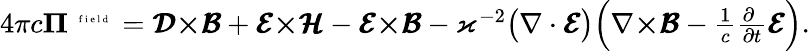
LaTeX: \textstyle 4\pi c\boldsymbol{\Pi}^{\mathrm{~\tiny~{~f~i~e~l~d~}~}}=\pmb{{\cal D}}{\boldsymbol\times}\pmb{{\cal B}}+\pmb{{\cal E}}{\boldsymbol\times}\pmb{{\cal H}}-\pmb{{\cal E}}{\boldsymbol\times}\pmb{{\cal B}}-\varkappa^{-2}\big(\nabla\cdot\pmb{{\cal E}}\big)\Big(\nabla{\boldsymbol\times}\pmb{{\cal B}}-\frac{1}{c}\frac{\partial\phantom{t}}{\partial t}\pmb{{\cal E}}\Big).